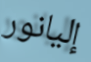
إليانور